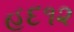
હૂદ૧૨